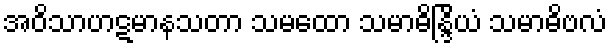
အဝိသာဟဋမာနသတာ သမထော သမာဓိန္ဒြိယံ သမာဓိဗလံ